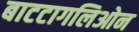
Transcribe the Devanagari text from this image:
बाटटागलिओन